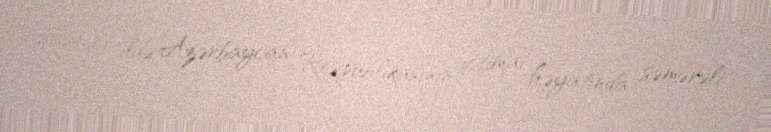
2021-ci ildə Azərbaycan Respublikasının ictimai həyatında səmərəli